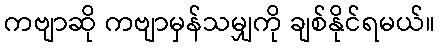
ကဗျာဆို ကဗျာမှန်သမျှကို ချစ်နိုင်ရမယ်။